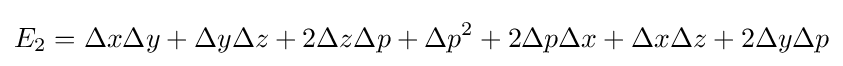
E_{2}=\Delta x\Delta y+\Delta y\Delta z+2\Delta z\Delta p+\Delta p^{2}+2\Delta p\Delta x+\Delta x\Delta z+2\Delta y\Delta p